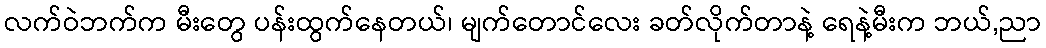
လက်ဝဲဘက်က မီးတွေ ပန်းထွက်နေတယ်၊ မျက်တောင်လေး ခတ်လိုက်တာနဲ့ ရေနဲ့မီးက ဘယ်,ညာ